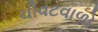
ચીવટવાળો